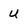
Character: U